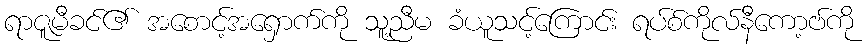
ရာဇူမီခင်၏ အစောင့်အရှောက်ကို သူ့ညီမ ခံယူသင့်ကြောင်း ရပ်စ်ကိုလ်နီကော့ဗ်ကို